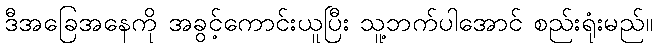
ဒီအခြေအနေကို အခွင့်ကောင်းယူပြီး သူ့ဘက်ပါအောင် စည်းရုံးမည်။